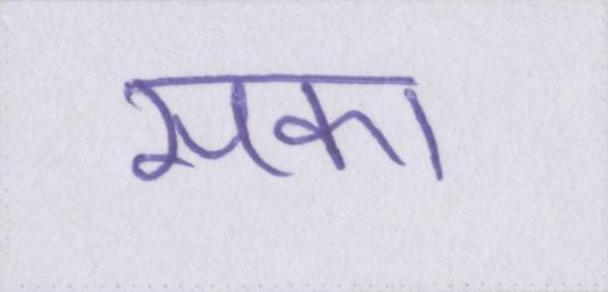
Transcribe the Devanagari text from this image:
सका